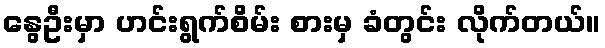
နွေဦးမှာ ဟင်းရွက်စိမ်း စားမှ ခံတွင်း လိုက်တယ်။